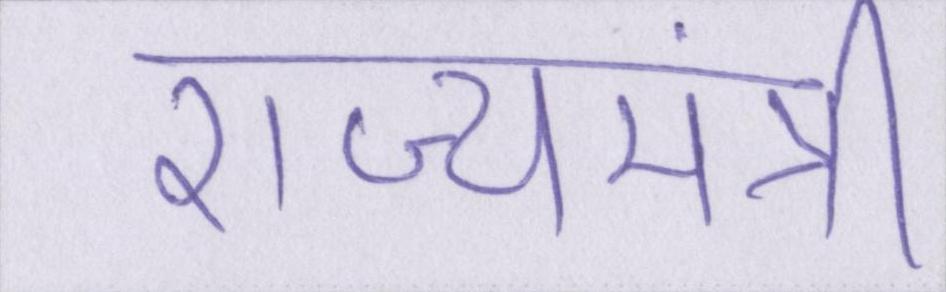
राज्यमंत्री